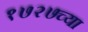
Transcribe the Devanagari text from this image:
१७२७च्या